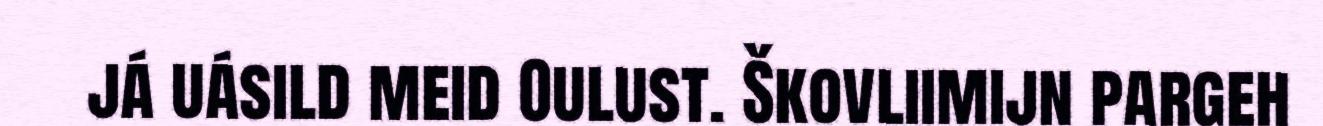
já uásild meid Oulust. Škovliimijn pargeh